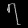
Digit: ၇